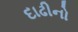
દાઢીનો